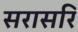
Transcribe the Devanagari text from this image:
सरासरि